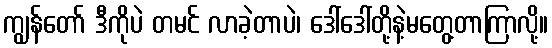
ကျွန်တော် ဒီကိုပဲ တမင် လာခဲ့တာပဲ၊ ဒေါ်ဒေါ်တို့နဲ့မတွေ့တာကြာလို့။